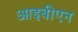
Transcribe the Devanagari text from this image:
आइबीएन